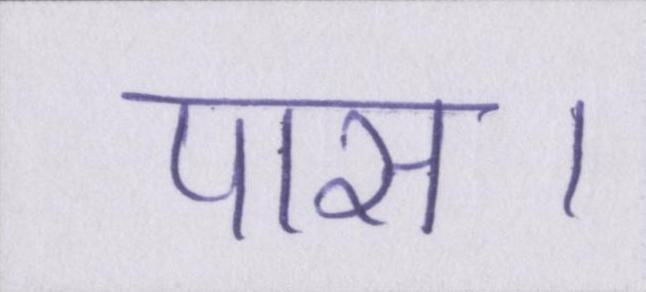
पास।